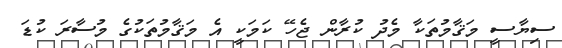
ސިޔާސީ މަޤާމުތަކާ މެދު ކުރާން ޖެހޭ ކަމަކީ އެ މަޤާމުތަކުގެ މުސާރަ ކުޑަ